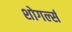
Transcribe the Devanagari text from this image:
शोगर्ल्स